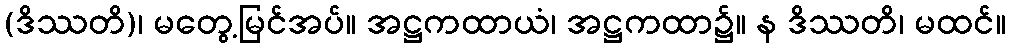
(ဒိဿတိ)၊ မတွေ့မြင်အပ်။ အဋ္ဌကထာယံ၊ အဋ္ဌကထာ၌။ န ဒိဿတိ၊ မထင်။